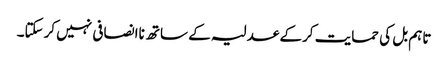
تاہم بل کی حمایت کرکے عدلیہ کے ساتھ ناانصافی نہیں کرسکتا۔